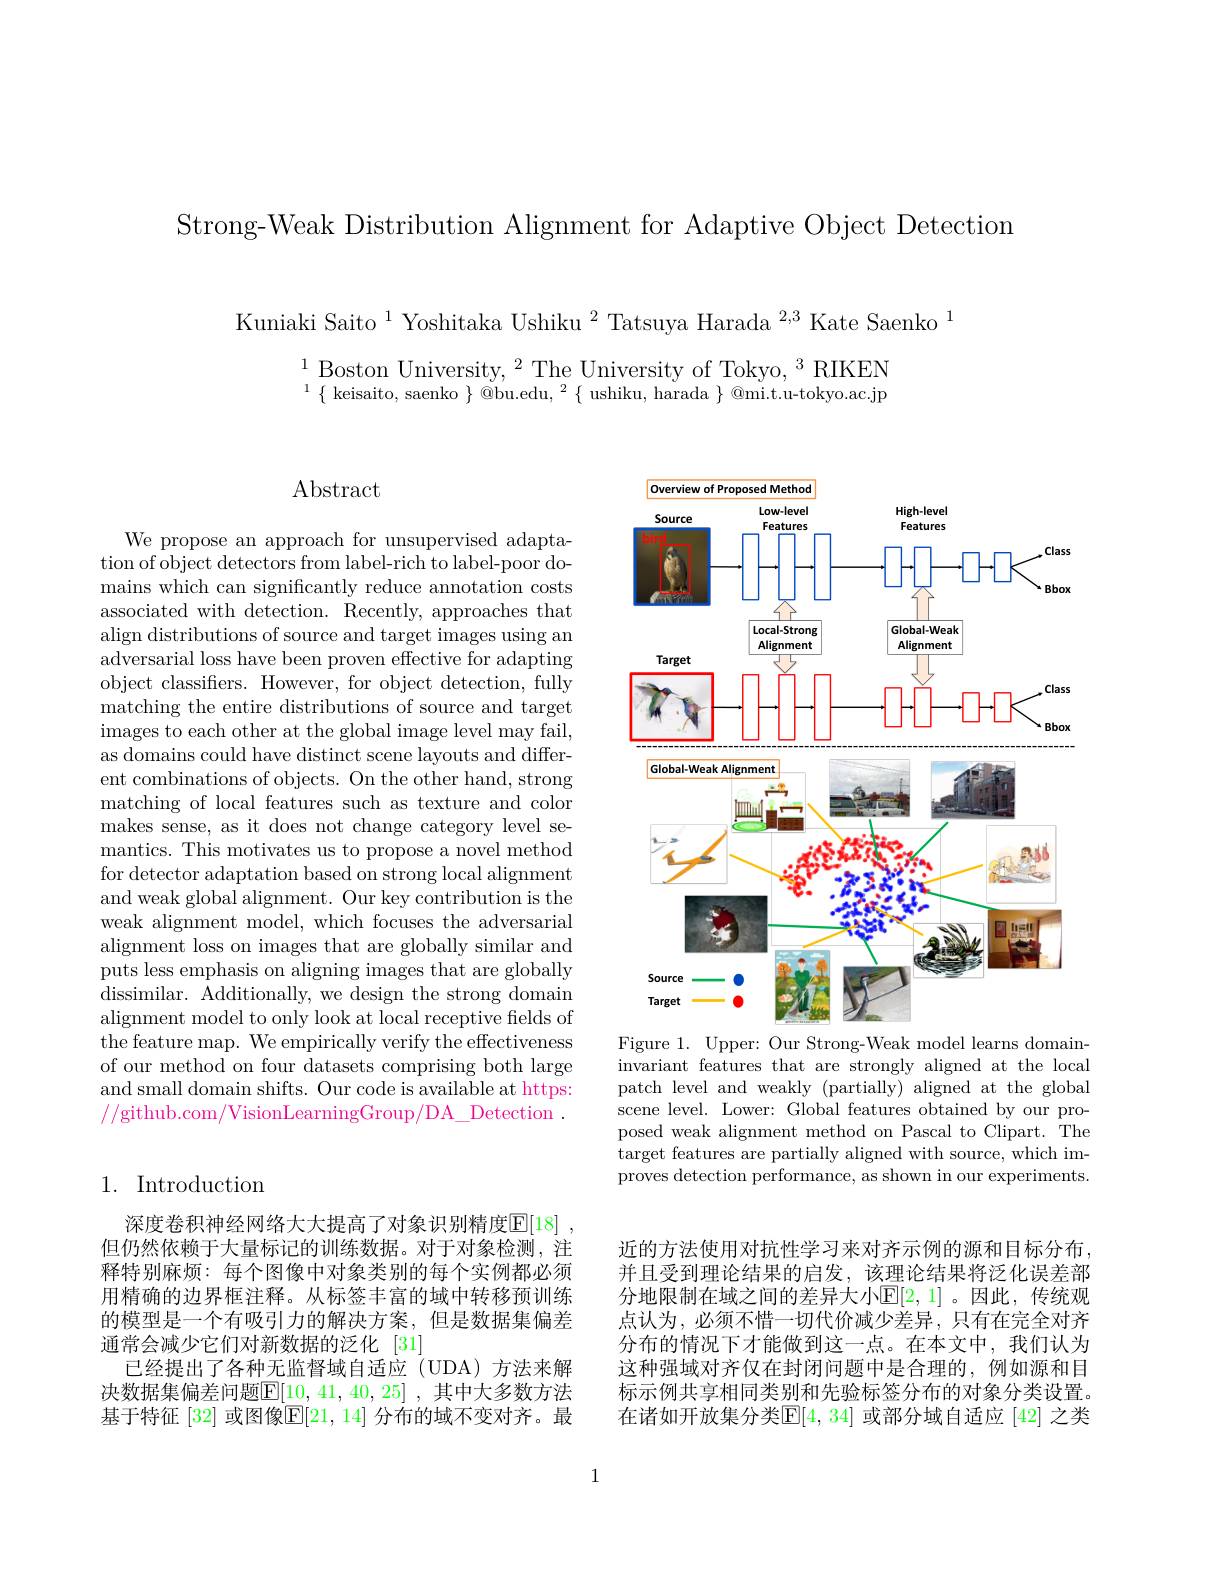
Strong-Weak Distribution Alignment for Adaptive Object Detection

Kuniaki Saito$^{1}$Yoshitaka Ushiku$^2$Tatsuya Harada$^{2,3}$Kate Saenko$^{1}$
$\begin{array}{l}{1\text{Boston University,}^{2}\text{The University of Tokyo,}^{3}\text{RIKEN}}\\{^{1}\{\text{keisaito, saenko}\}@\text{bu.edu,}^{2}\{\text{ushiku, harada}\}@\text{mi.tu-tokyo.ac.jp}}\end{array}$

## Abstract

We propose an approach for unsupervised adaptation of object detectors from label-rich to label-poor domains which can significantly reduce annotation costs associated with detection. Recently, approaches that align distributions of source and target images using an adversarial loss have been proven effective for adapting object classifiers. However, for object detection, fully matching the entire distributions of source and target $\bar{\text{images to each other at the global image level may fail}}$, as domains could have distinct scene layouts and different combinations of objects. On the other hand, strong matching of local features such as texture and color makes sense, as it does not change category level semantics. This motivates us to propose a novel method for detector adaptation based on strong local alignment and weak global alignment. Our key contribution is the weak alignment model, which focuses the adversarial alignment loss on images that are globally similar and puts less emphasis on aligning images that are globally dissimilar. Additionally, we design the strong domain alignment model to only look at local receptive fields of the feature map. We empirically verify the effectiveness of our method on four datasets comprising both large and small domain shifts. Our code is available at https: //github.com/VisionLearningGroup/DA\_Detection~.

## 1. Introduction

深度卷积神经网络大大提高了对象识别精度$\overline{\mathbb{E}}[18]$ . 但仍然依赖于大量标记的训练数据。对于对象检测，注释特别麻烦：每个图像中对象类别的每个实例都必须用精确的边界框注释。从标签丰富的域中转移预训练的模型是一个有吸引力的解决方案，但是数据集偏差通常会减少它们对新数据的泛化[31]
已经提出了各种无监督域自适应(UDA)方法来解决数据集偏差问题$\boxed{\mathrm{E}}[10,41,40,25]$, 其中大多数方法基于特征 [32] 或图像$\mathbb{E}[21,14]$ 分布的域不变对齐。最

<FigureHere>
Figure 1. Upper: Our Strong-Weak model learns domain-

invariant features that are strongly aligned at the local patch level and weakly (partially) aligned at the global scene level. Lower: Global features obtained by our proposed weak alignment method on Pascal to Clipart. The target features are partially aligned with source, which improves detection performance, as shown in our experiments.

近的方法使用对抗性学习来对齐示例的源和目标分布， 并且受到理论结果的启发，该理论结果将泛化误差部分地限制在域之间的差异大小$\mathbb{E}[2,1]$。因此，传统观点认为，必须不惜一切代价减少差异，只有在完全对齐分布的情况下才能做到这一点。在本文中，我们认为这种强域对齐仅在封闭问题中是合理的，例如源和目标示例共享相同类别和先验标签分布的对象分类设置。在诸如开放集分类$\mathbb{E}[4,34]$ 或部分域自适应 [42] 之类

1